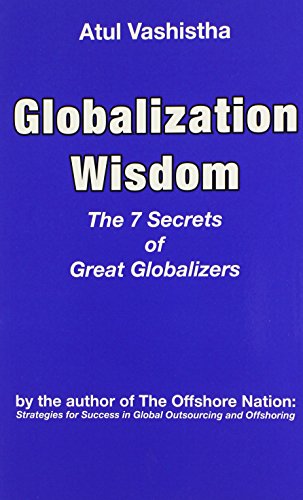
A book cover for Globalization Wisdom: The Seven Secrets of Great Globalizers; Atul Vashistha; Business & Money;